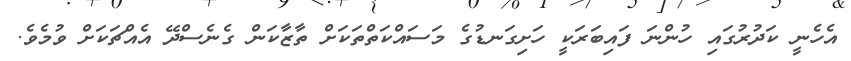
އެހެނީ ކަދުރުގައި ހުންނަ ފައިބަރަކީ ހަށިގަނޑުގެ މަސައްކަތްތަކަށް ތާޒާކަން ގެނެސްދޭ އެއްޗަކަށް ވުމެވެ.